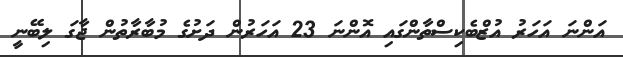
އަންނަ އަހަރު އުޒްބެކިސްތާންގައި އޮންނަ 23 އަހަރުން ދަށުގެ މުބާރާތުން ޖާގަ ލިބޭނީ